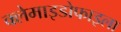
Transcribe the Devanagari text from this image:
क्लेमाइडोफाइला